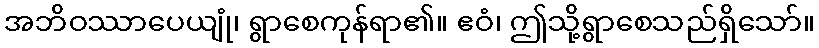
အဘိဝဿာပေယျုံ၊ ရွာစေကုန်ရာ၏။ ဧဝံ၊ ဤသို့ရွာစေသည်ရှိသော်။